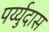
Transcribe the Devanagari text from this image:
पर्य्युदास